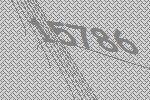
15786